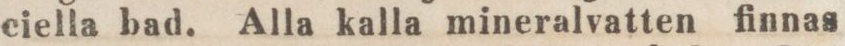
eiella bad. Alla kalla mineralvatten finnas